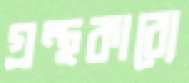
গ্রন্থকাব্যে